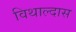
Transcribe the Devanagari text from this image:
विथाल्दास